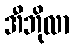
အီဘိုလာ